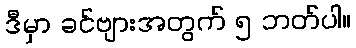
ဒီမှာ ခင်ဗျားအတွက် ၅ ဘတ်ပါ။